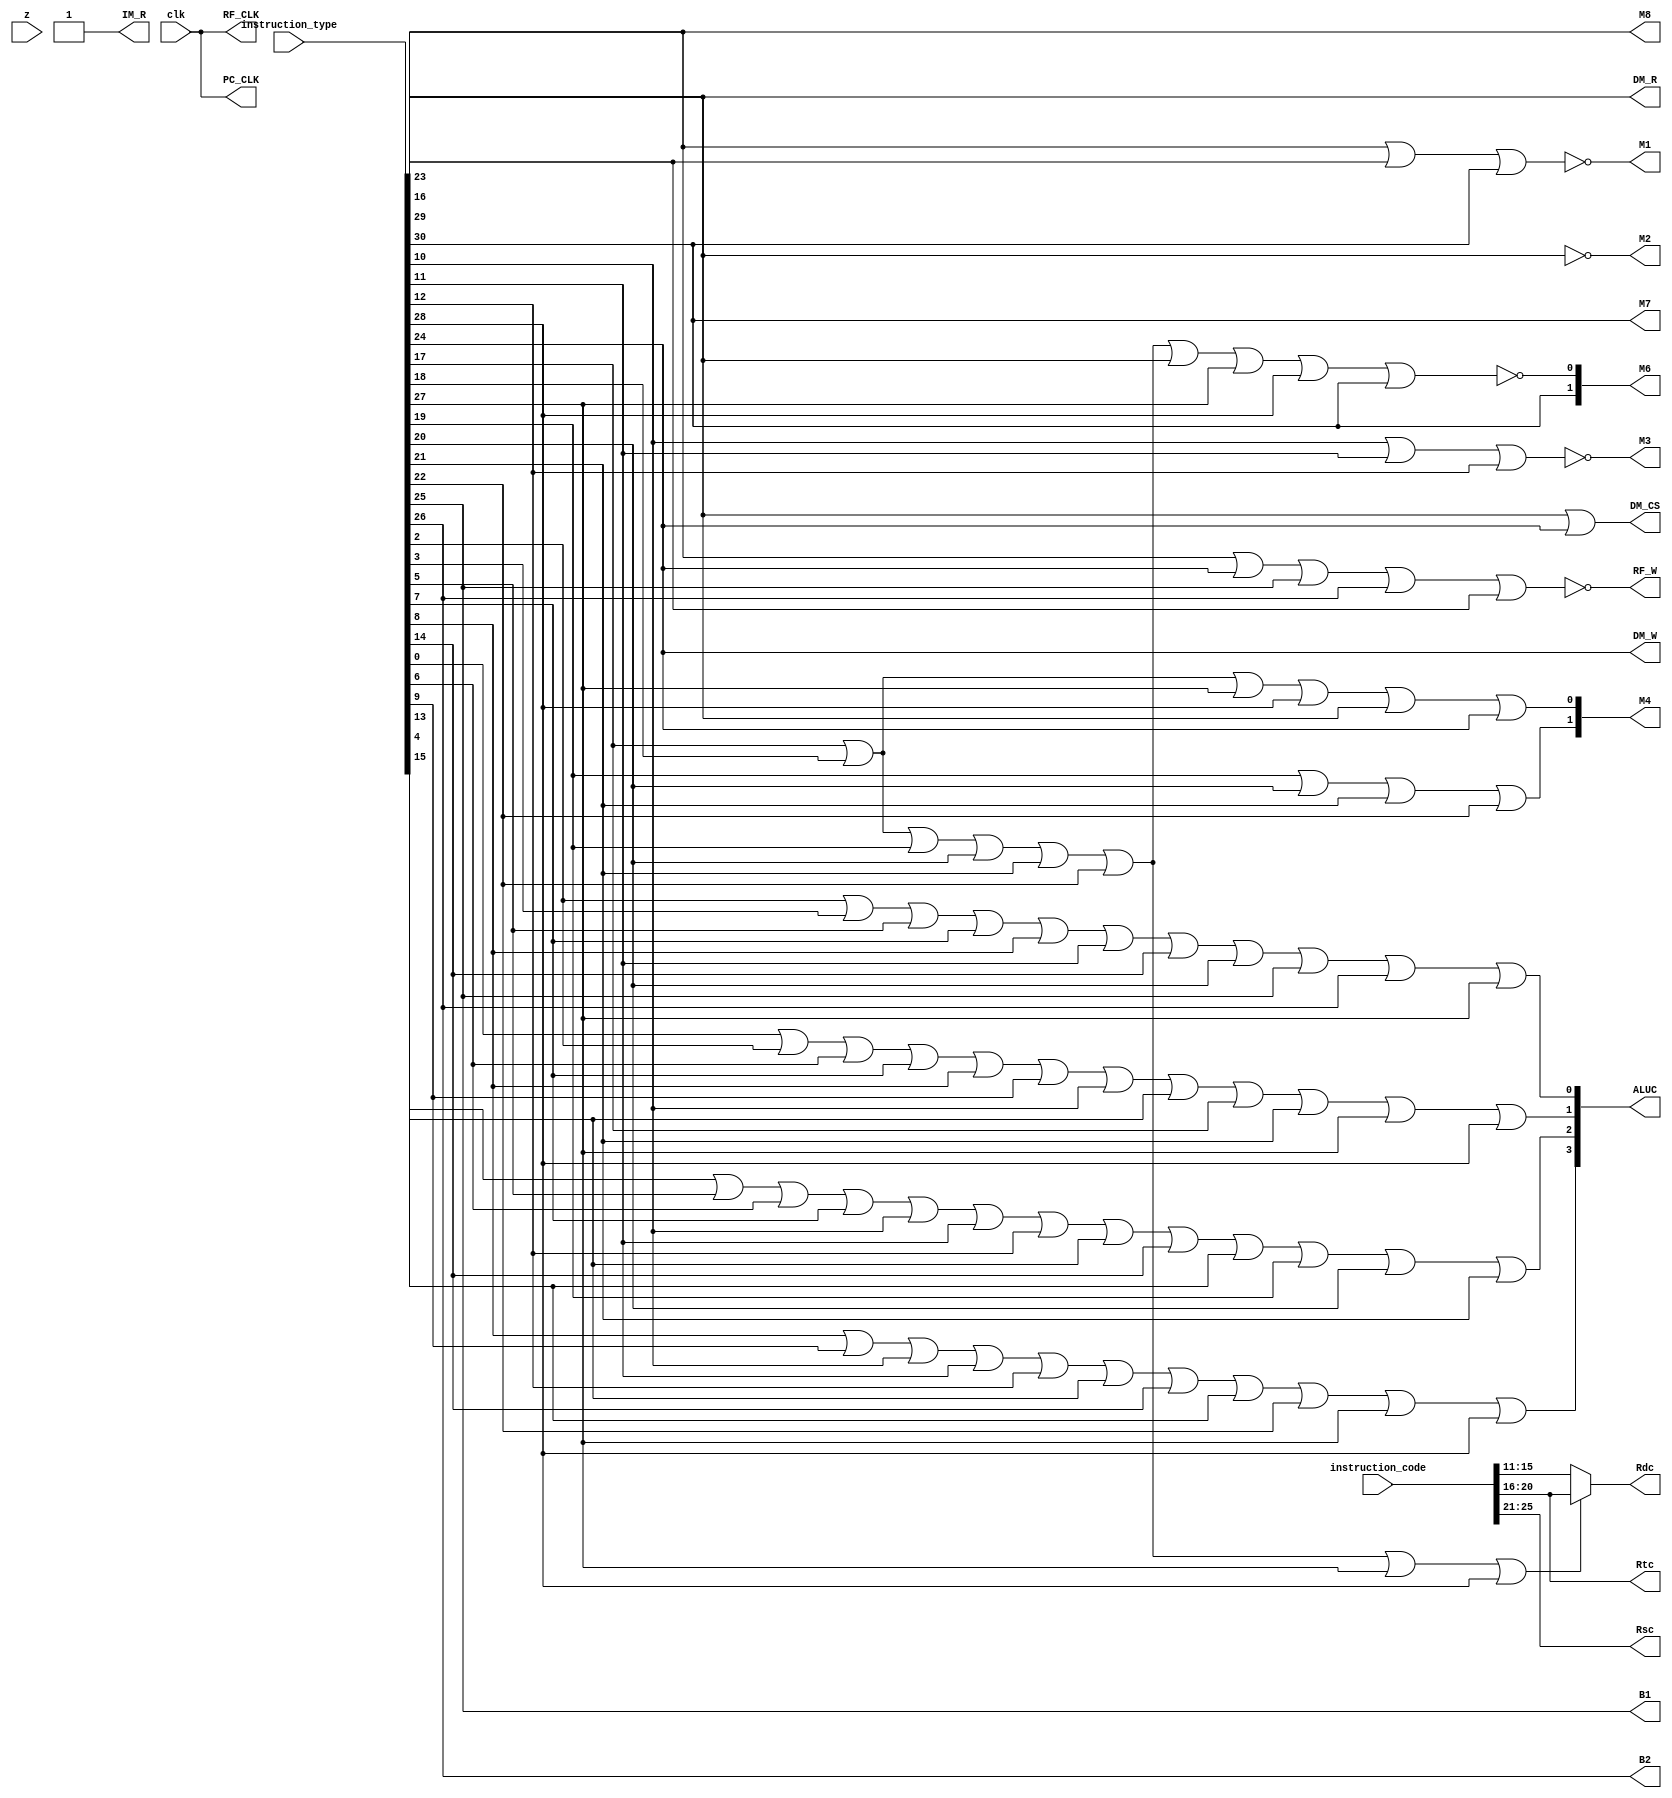
`timescale 1ns / 1ps
//////////////////////////////////////////////////////////////////////////////////
// Company: 
// Engineer: 
// 
// Design Name: 
// Module Name: micro_operation_producer
// Project Name: 
// Target Devices: 
// Tool Versions: 
// Description: 
// 
// Dependencies: 
// 
// Revision:
// Revision 0.01 - File Created
// Additional Comments:
// 
//////////////////////////////////////////////////////////////////////////////////


module micro_operation_producer(
input clk,
input z,
input [31:0] instruction_code,
input [31:0] instruction_type,
output PC_CLK,    
output IM_R,     
output M1,       
output M2,        
output M3,        
output [1:0]M4,            
output [1:0]M6,  
output M7,
output M8,      
output [3:0]ALUC,
output RF_W,     
output RF_CLK,   
output DM_W,   
output DM_R,     
output DM_CS,
output [4:0]Rsc,
output [4:0]Rtc,
output [4:0]Rdc,
output B1,
output B2
);
//

assign PC_CLK=clk;
assign IM_R=1;//IM_R=1
assign M1=~(instruction_type[16]|instruction_type[29]|instruction_type[30]);//M1=~(jr+j+jal)
assign M2=~instruction_type[23];//M2=~lw
assign M3=~(instruction_type[10]|instruction_type[11]|instruction_type[12]);//M3=~(sll+srl+sra)
assign M4[0]=instruction_type[17]|instruction_type[18]|instruction_type[27]|instruction_type[28]|instruction_type[23]|instruction_type[24];//M4_1=addiu+addi+slti+sltiu+lw+sw
assign M4[1]=instruction_type[19]|instruction_type[20]|instruction_type[21]|instruction_type[22];//M4_2=ori+xori+andi+lui
assign M6[0]=~(instruction_type[17]|instruction_type[18]|instruction_type[19]|instruction_type[20]|instruction_type[21]|instruction_type[22]|instruction_type[23]|instruction_type[27]|instruction_type[28]|instruction_type[30]);//M6_1=~addi+addiu+andi+ori+xori+lw+slti+sltiu+lui
assign M6[1]=instruction_type[30];//M6_2=jal
assign M7=instruction_type[30];//M7=jal
assign M8=instruction_type[16];//M8=jr
assign RF_W=~(instruction_type[16]|instruction_type[24]|instruction_type[25]|instruction_type[26]|instruction_type[29]);//RF_W=~(jr+sw+beq+bne+j)
assign RF_CLK=clk;//(~(instruction_type[16]|instruction_type[24]|instruction_type[25]|instruction_type[26]|instruction_type[29]))&clk;//RF_CLK=~(jr+sw+beq+bne+j)clk
assign ALUC[0]=instruction_type[2]|instruction_type[3]|instruction_type[5]|instruction_type[7]|instruction_type[8]|instruction_type[11]|instruction_type[14]|instruction_type[20]|instruction_type[25]|instruction_type[26]|instruction_type[27];//A0=sub+subu+or+nor+slt+srl+srlv+ori+beq+bne+slti
assign ALUC[1]=instruction_type[0]|instruction_type[2]|instruction_type[6]|instruction_type[7]|instruction_type[8]|instruction_type[9]|instruction_type[10]|instruction_type[13]|instruction_type[17]|instruction_type[21]|instruction_type[27]|instruction_type[28];//A1=add+sub+xor+nor+slt+sltu+sll+sllv+addi+slti+sltiu+xori+sll
assign ALUC[2]=instruction_type[4]|instruction_type[5]|instruction_type[6]|instruction_type[7]|instruction_type[10]|instruction_type[11]|instruction_type[12]|instruction_type[13]|instruction_type[14]|instruction_type[15]|instruction_type[19]|instruction_type[20]|instruction_type[21];//A2=and+or+xor+nor+sll+srl+sra+sllv+srlv+srav+andi+ori+xori
assign ALUC[3]=instruction_type[8]|instruction_type[9]|instruction_type[10]|instruction_type[11]|instruction_type[12]|instruction_type[13]|instruction_type[14]|instruction_type[15]|instruction_type[22]|instruction_type[27]|instruction_type[28];//A3=slt+sltu+sll+srl+sra+sllv+srlv+srav+slti+sltiu+lui
assign DM_W=instruction_type[24];//DM_w=sw
assign DM_R=instruction_type[23];//DM_r=lw
assign DM_CS=instruction_type[23]|instruction_type[24];//DM_cs=lw+sw
assign Rsc=instruction_code[25:21];
assign Rtc=instruction_code[20:16];
assign Rdc=(instruction_type[17]|instruction_type[18]|instruction_type[19]|instruction_type[20]|instruction_type[21]|instruction_type[22]|instruction_type[27]|instruction_type[28])?instruction_code[20:16]:instruction_code[15:11];
assign B1=instruction_type[25];
assign B2=instruction_type[26];
endmodule